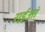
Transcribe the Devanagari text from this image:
राईआं